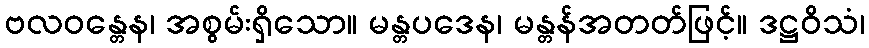
ဗလဝန္တေန၊ အစွမ်းရှိသော။ မန္တပဒေန၊ မန္တန်အတတ်ဖြင့်။ ဒဋ္ဌဝိသံ၊